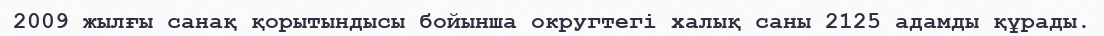
2009 жылғы санақ қорытындысы бойынша округтегі халық саны 2125 адамды құрады.